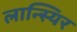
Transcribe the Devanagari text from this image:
लान्स्यिर